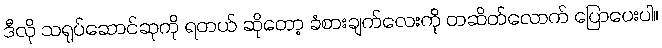
ဒီလို သရုပ်ဆောင်ဆုကို ရတယ် ဆိုတော့ ခံစားချက်လေးကို တဆိတ်လောက် ပြောပေးပါ။